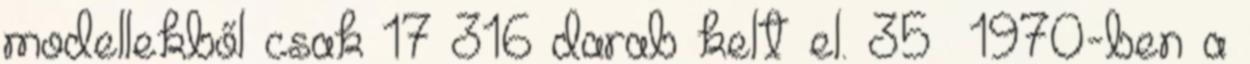
modellekből csak 17 316 darab kelt el. 35 1970-ben a